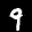
Label: 9